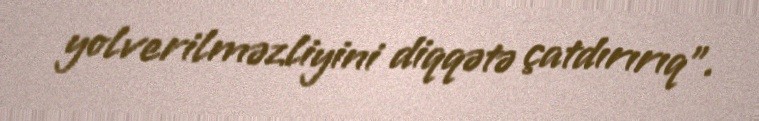
yolverilməzliyini diqqətə çatdırırıq”.